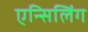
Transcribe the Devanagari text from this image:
एन्सिलिंग